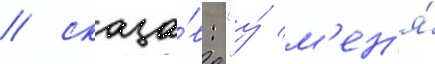
/ сказа́в: "у́ м'ен'я́